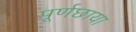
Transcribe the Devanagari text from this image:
पूर्णछाया